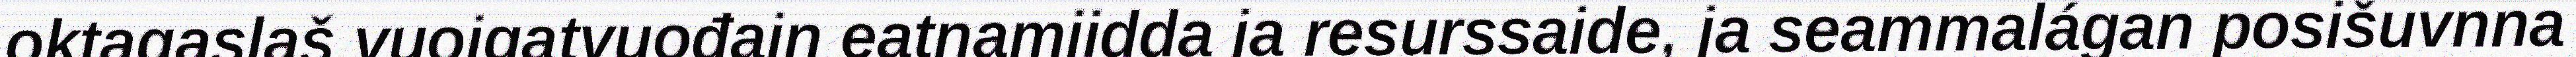
oktagaslaš vuoigatvuođain eatnamiidda ja resurssaide, ja seammalágan posišuvnna